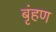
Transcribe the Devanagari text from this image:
बृंहण